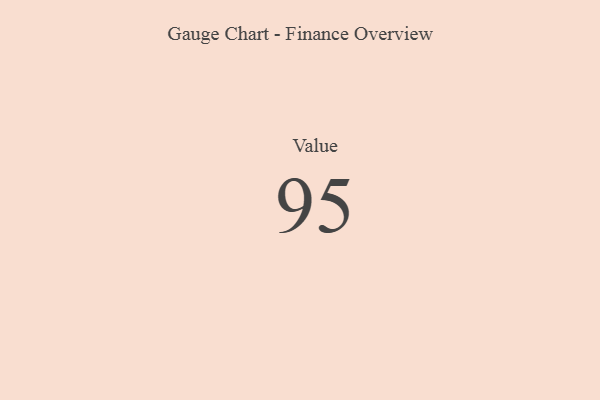
{"axis": {"x": "Metric", "y": "Value"}, "legend": [""], "data": [{"x": "Value", "y": 95, "type": ""}]}